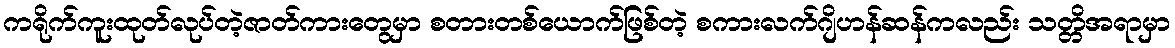
ကရိုက်ကူးထုတ်လုပ်တဲ့ဇာတ်ကားတွေမှာ စတားတစ်ယောက်ဖြစ်တဲ့ စကားလက်ဂျိဟန်ဆန်ကလည်း သတ္တိအရာမှာ